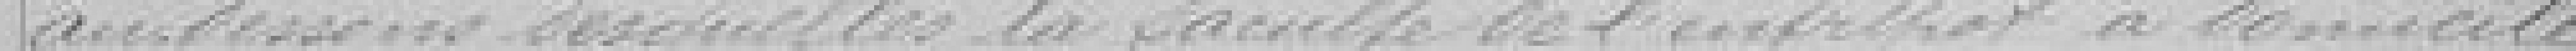
au-dessus desquelles la faculté de l'entrepôt à domicile